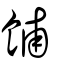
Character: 餔